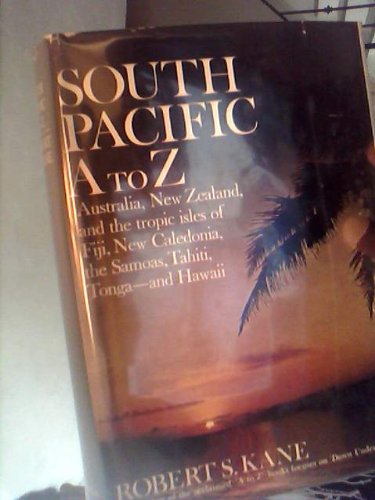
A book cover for South Pacific A to Z : Australia, New Zealand, the Tropic Isles of Fiji New Caldonia, the Samoas Tahiti, Tonga & Hawaii; Robert S Kane; Travel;